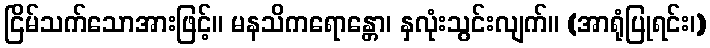
ငြိမ်သက်သောအားဖြင့်။ မနသိကရောန္တော၊ နှလုံးသွင်းလျက်။ (အာရုံပြုရင်း၊)